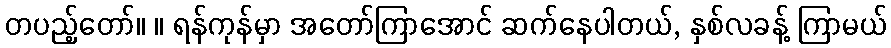
တပည့်တော်။ ။ ရန်ကုန်မှာ အတော်ကြာအောင် ဆက်နေပါတယ်, နှစ်လခန့် ကြာမယ်